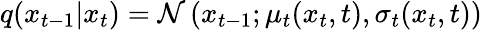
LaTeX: \begin{array}{r}{q(x_{t-1}|x_{t})=\mathcal{N}\left(x_{t-1};\mu_{t}(x_{t},t),\sigma_{t}(x_{t},t)\right)}\end{array}